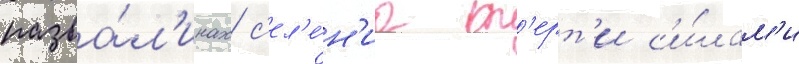
разва́л'инах с'ел'е́н'иа т'ерт'и с'и́лам'и